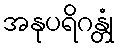
အနုပရိဂန္တုံ